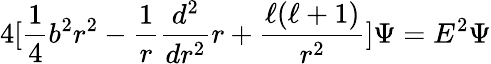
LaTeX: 4[\frac{1}{4}b^{2}r^{2}-\frac{1}{r}\frac{d^{2}}{dr^{2}}r+\frac{\ell(\ell+1)}{r^{2}}]\Psi=E^{2}\Psi